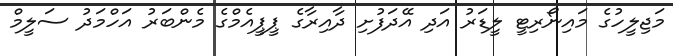
މަޖިލީހުގެ މައިނޯރިޓީ ލީޑަރު އަދި އޭދަފުށި ދާއިރާގެ ޕީޕީއެމްގެ މެންބަރު އަހްމަދު ސަލީމް